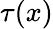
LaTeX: \tau(x)